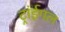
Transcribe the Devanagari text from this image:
ट्रांईगल